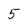
Character: 5